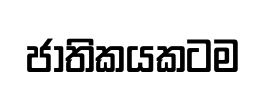
ජාතිකයකටම